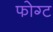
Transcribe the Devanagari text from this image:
फोग्ट